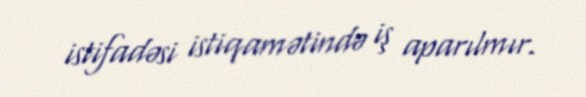
istifadəsi istiqamətində iş aparılmır.